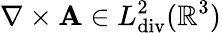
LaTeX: \nabla\times\mathbf{A}\in L_{\mathrm{div}}^{2}(\mathbb{R}^{3})